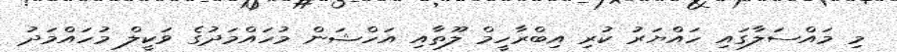
މި މައްސަލާގައި ހައްޔަރު ކުރި އިބްރާހީމް ލޫތާއި އަހްޝަން މުހައްމަދުގެ ވަކީލް މުހައްމަދު